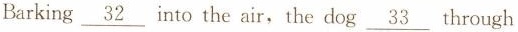
Barking \underline{32} into the air the dog \underline{33} through